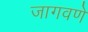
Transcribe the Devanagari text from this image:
जागवणे